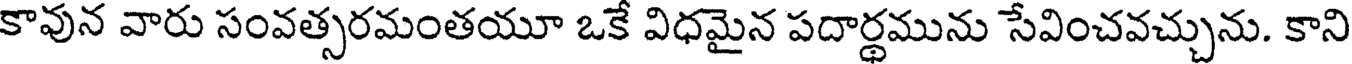
కావున వారు సంవత్సరమంతయూ ఒకే విధమైన పదార్థమును సేవించవచ్చును. కాని